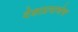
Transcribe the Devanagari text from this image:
देशाप्रमाणेच